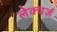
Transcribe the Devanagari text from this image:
लेक्चर्ज़